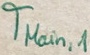
Text: TMain,1